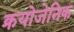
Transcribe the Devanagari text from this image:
क्रयोजेनिक